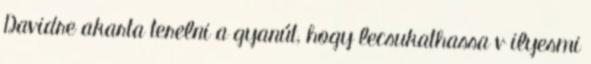
Davidre akarta terelni a gyanút, hogy lecsukathassa v ilyesmi